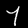
Label: 7